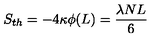
S _ { t h } = - 4 \kappa \phi ( L ) = { \frac { \lambda N L } { 6 } }